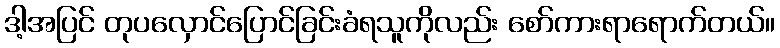
ဒါ့အပြင် တုပလှောင်ပြောင်ခြင်းခံရသူကိုလည်း စော်ကားရာရောက်တယ်။